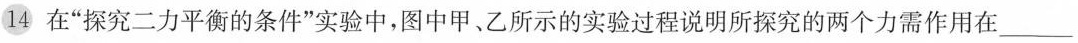
⑭在”探究二力平衡的条件”实验中，图中甲、乙所示的实验过程说明所探究的两个力需作用在___